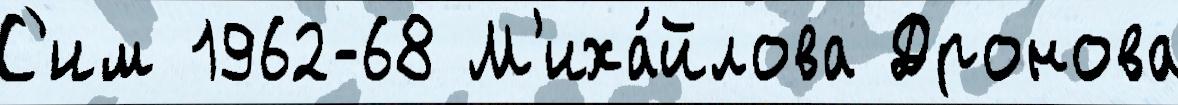
С'им 1962-68 М'иха́йлова Дронова